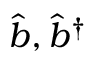
\hat { b } , \hat { b } ^ { \dag }